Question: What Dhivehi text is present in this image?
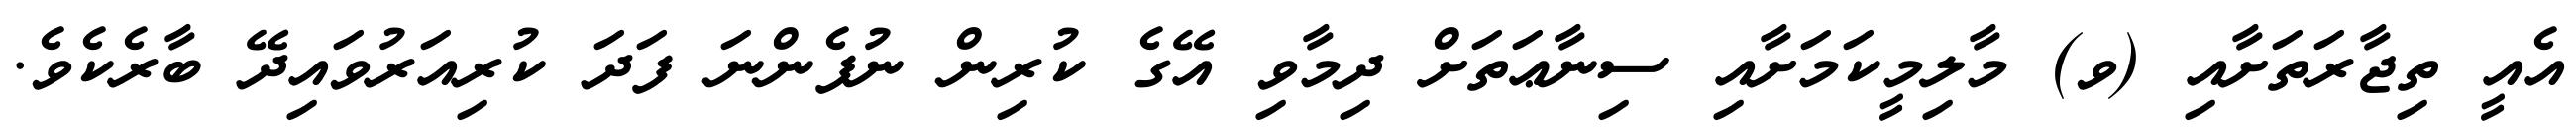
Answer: އެއީ ތިޖާރަތަށާއި (ވ) މާލިމީކަމަށާއި ސިނާޢަތަށް ދިމާވި އޭގެ ކުރިން ނުފެންނަ ފަދަ ކުރިއަރުވައިދޭ ބާރެކެވެ.